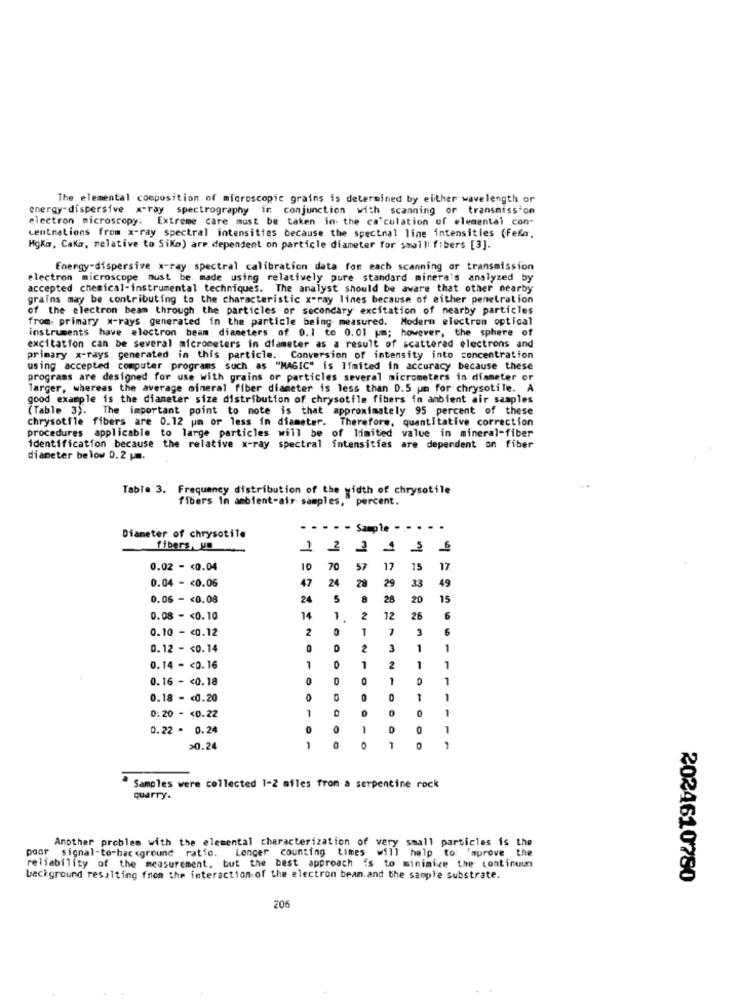
The elemental composition of microscopic grains is determined by either wavelength or
energy-dispersive x-ray spectrography in conjunction with scanning or transmission
electron microscopy: Extreme care must be taken in the calculation of elemental con-
Lentnations from x-ray spectral intensities because the spectnal line intensities (fella.
HgKi, Cali, melative to Siko) are dependent on particle diameter for smalli fibers [3].
Energy-dispersive x-ray spectral calibration data for each scanning or transmission
electron microscope must be. made using relatively pure standard minera's analyzed by
accepted chemical-instrumental techniques. The analyst should be aware that other nearby
grains may be contributing to the characteristic x-ray lines because of either penetration
of the electron beam through the particles or secondary excitation of nearby particles
from: primary x-rays generated in the particle being measured. Modern electrom optical
instruments have electron beam diameters of 0.1 to 0.01 um; however, the sphere of
excitation can be several micrometers in diameter as a result of scattered electrons and
primary x-rays generated in this particle. Conversion of intensity into concentration
using accepted computer programs such as "MAGIC" is limited in accuracy because these
programs are designed for use with grains or particles several micrometers in diameter or
larger, whereas the average mineral fiber diameter is less than D.5 um for chrysotile. A
good example is the diameter size distribution of chrysotfle fibers in ambient air samples
(Table 3). The important point to mote is that approximately 95 percent of these
chrysotfle fibers are 0.12 um or less in diameter. Therefore, quantitative correction
procedures applicable to large particles will be of limited value in mineral-fiber
identification because the relative x-ray spectral intensities are dependent on fiber
diameter below 0.2 .
Table 3. Frequency distribution of the width of chrysotile
fibers in ambient-air samples, percent.
.- - - - Sample . ....
Diameter of chrysotile
fibers, un
1 2 3 4 56
0.02 - < 0.04
10
70
57
17 15 17
47
24
0.04 - < 0.06
28
29
33
49
0.06 - < 0.08
24
5
8
28
20
15
0.08 - < 0.10
14
1
2
12
26
6
2
1
3
6
0.10 - < 0.12
0.12 - < 0.14
0
2
1
1
0.14 - < 0.16
1
1
2
1
1
0.16 - < 0.18
0
D
O
1
1
0.18 - < 0.20
0
1
1
1
0:20 - < 0.22
0.22 - 0.24
D
1
30.24
1
Samples were collected 1-2 miles from a serpentine rock
quarry.
Another problem with the elemental characterization of very small particles is the
poor signal-to-background ratio. Longer counting times
will help to: Improve the
reliability of the measurement, but the best approach is to minimize the continuun
background resulting from the interaction of the electron bean.and the sample substrate.
2024610780
206